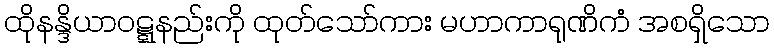
ထိုနန္ဒိယာဝဋ္ဋနည်းကို ထုတ်သော်ကား မဟာကာရုဏိကံ အစရှိသော